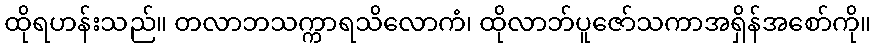
ထိုရဟန်းသည်။ တလာဘသက္ကာရသိလောကံ၊ ထိုလာဘ်ပူဇော်သကာအရှိန်အစော်ကို။